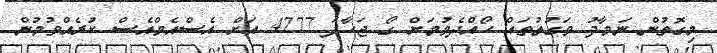
މިގޮތުން ނަމާދު ވަގުތުތައް ހޯއްދެެވުމަށް ގޯ ޖަހާފަ 4777 އަށް އެސްއެމްއެސް ކުރެއްވުމުން